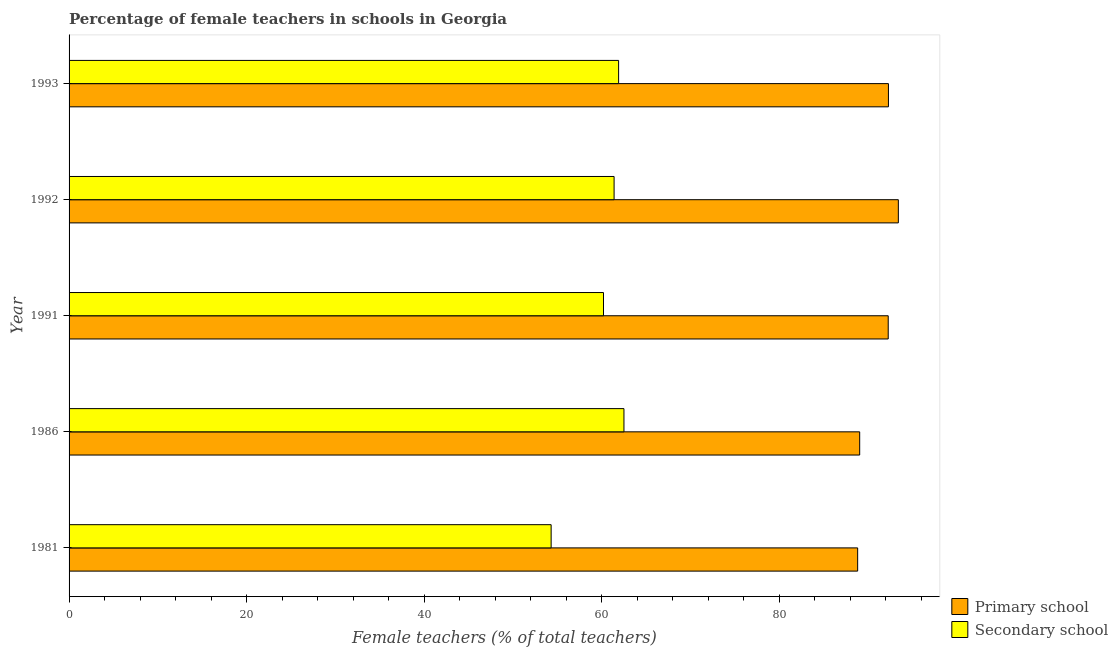
| Year | Primary school | Secondary school |
 | --- | --- | --- |
 | 1981 | 88.8 | 54.3 |
 | 1986 | 89 | 62.5 |
 | 1991 | 92.3 | 60.2 |
 | 1992 | 93.4 | 61.4 |
 | 1993 | 92.3 | 61.9 |